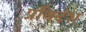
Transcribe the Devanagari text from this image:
प्रतिदंश